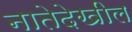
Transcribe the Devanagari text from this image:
नातेदेखील